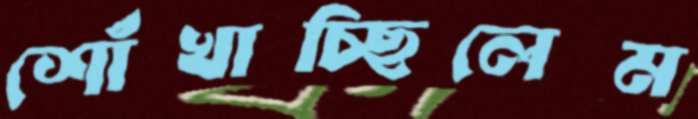
শোঁখাচ্ছিলেম